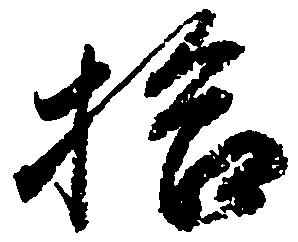
拾